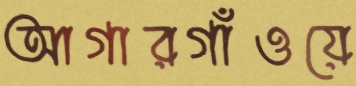
আগারগাঁওয়ে